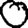
Digit: 0